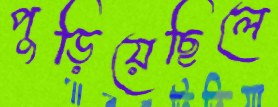
পুড়িয়েছিলে